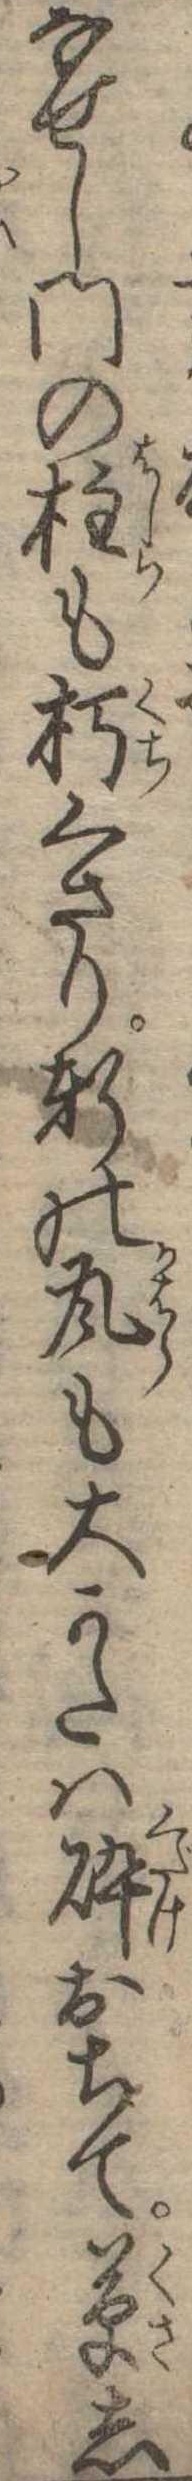
なせし門の柱も朽くさり軒の瓦も大かたは砕おちて草し